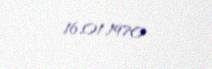
16.01.1970